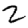
Digit: 2